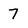
Character: 7